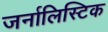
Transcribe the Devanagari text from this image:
जर्नालिस्टिक